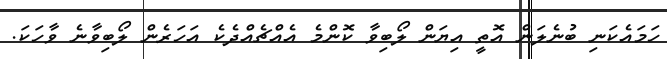
ހަމައެކަނި ބުނެލަން އޮތީ އިޔަން ލޯބިވާ ކޮންމެ އެއްޗެއްދެކެ އަހަރެން ލޯބިވާނެ ވާހަކަ.